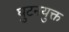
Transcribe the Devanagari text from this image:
घुटनयुक्त